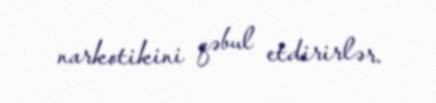
narkotikini qəbul etdirirlər.